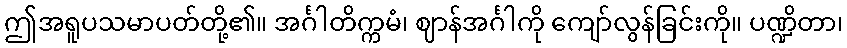
ဤအရူပသမာပတ်တို့၏။ အင်္ဂါတိက္ကမံ၊ ဈာန်အင်္ဂါကို ကျော်လွန်ခြင်းကို။ ပဏ္ဍိတာ၊